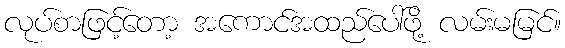
လုပ်စာဖြင့်တော့ အကောင်အထည်ပေါ်ဖို့ လမ်းမမြင်။